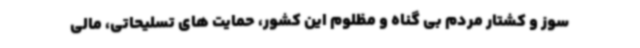
سوز و کشتار مردم بی گناه و مظلوم این کشور، حمایت های تسلیحاتی، مالی